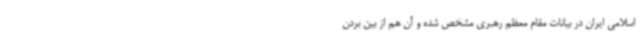
اسلامی ایران در بیانات مقام معظم رهبری مشخص شده و آن هم از بین بردن